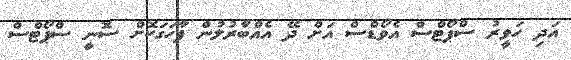
އަދި ހަވީރު ސްޕޯޓްސް އެވޯޑްސް އަށް ދޭ އެއްބާރުލުން ފާހަގަކޮށް ސޮނީ ސްޕޯޓްސް